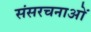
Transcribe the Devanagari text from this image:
संसरचनाओं